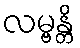
လမ္ဗန္တိ